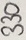
Text: 330